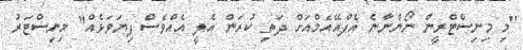
"މި މިނިސްޓްރީން ނޯންނާނެ އެފްއޭއެމްއަށް ދަތި ކުރަން އެލީ އެއްވެސް ފިޔަވަޅެއް" މިނިސްޓަރު